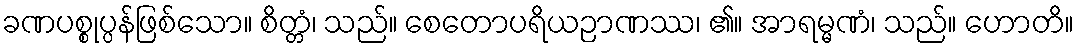
ခဏပစ္စုပ္ပန်ဖြစ်သော။ စိတ္တံ၊ သည်။ စေတောပရိယဉာဏဿ၊ ၏။ အာရမ္မဏံ၊ သည်။ ဟောတိ။